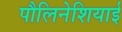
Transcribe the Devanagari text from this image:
पौलिनेशियाई